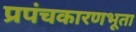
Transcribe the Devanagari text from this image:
प्रपंचकारणभूता